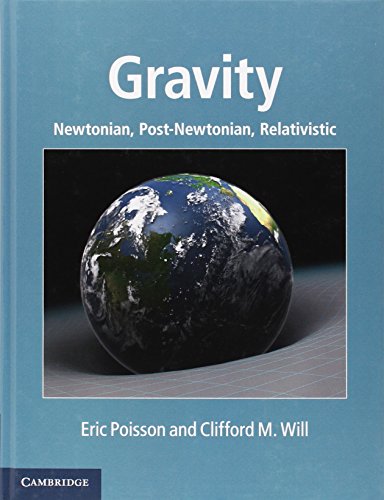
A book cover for Gravity: Newtonian, Post-Newtonian, Relativistic; Eric Poisson; Science & Math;